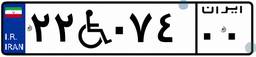
۱۵W۶۲۲۲۲